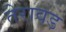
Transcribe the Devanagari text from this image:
तेरावड